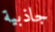
جاذبية